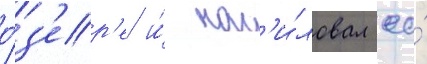
о́з'ер'е и́ нас'и́ловал ео́